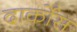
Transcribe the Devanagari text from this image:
दार्कोस